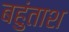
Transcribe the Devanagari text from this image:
बहुंताश